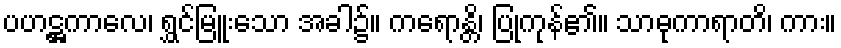
ပဟဋ္ဌကာလေ၊ ရွှင်မြူးသော အခါ၌။ ကရောန္တိ၊ ပြုကုန်၏။ သာဓုကာရာတိ၊ ကား။